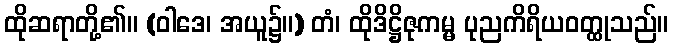
ထိုဆရာတို့၏။ (ဝါဒေ၊ အယူ၌။) တံ၊ ထိုဒိဋ္ဌိဇုကမ္မ ပုညကိရိယဝတ္ထုသည်။